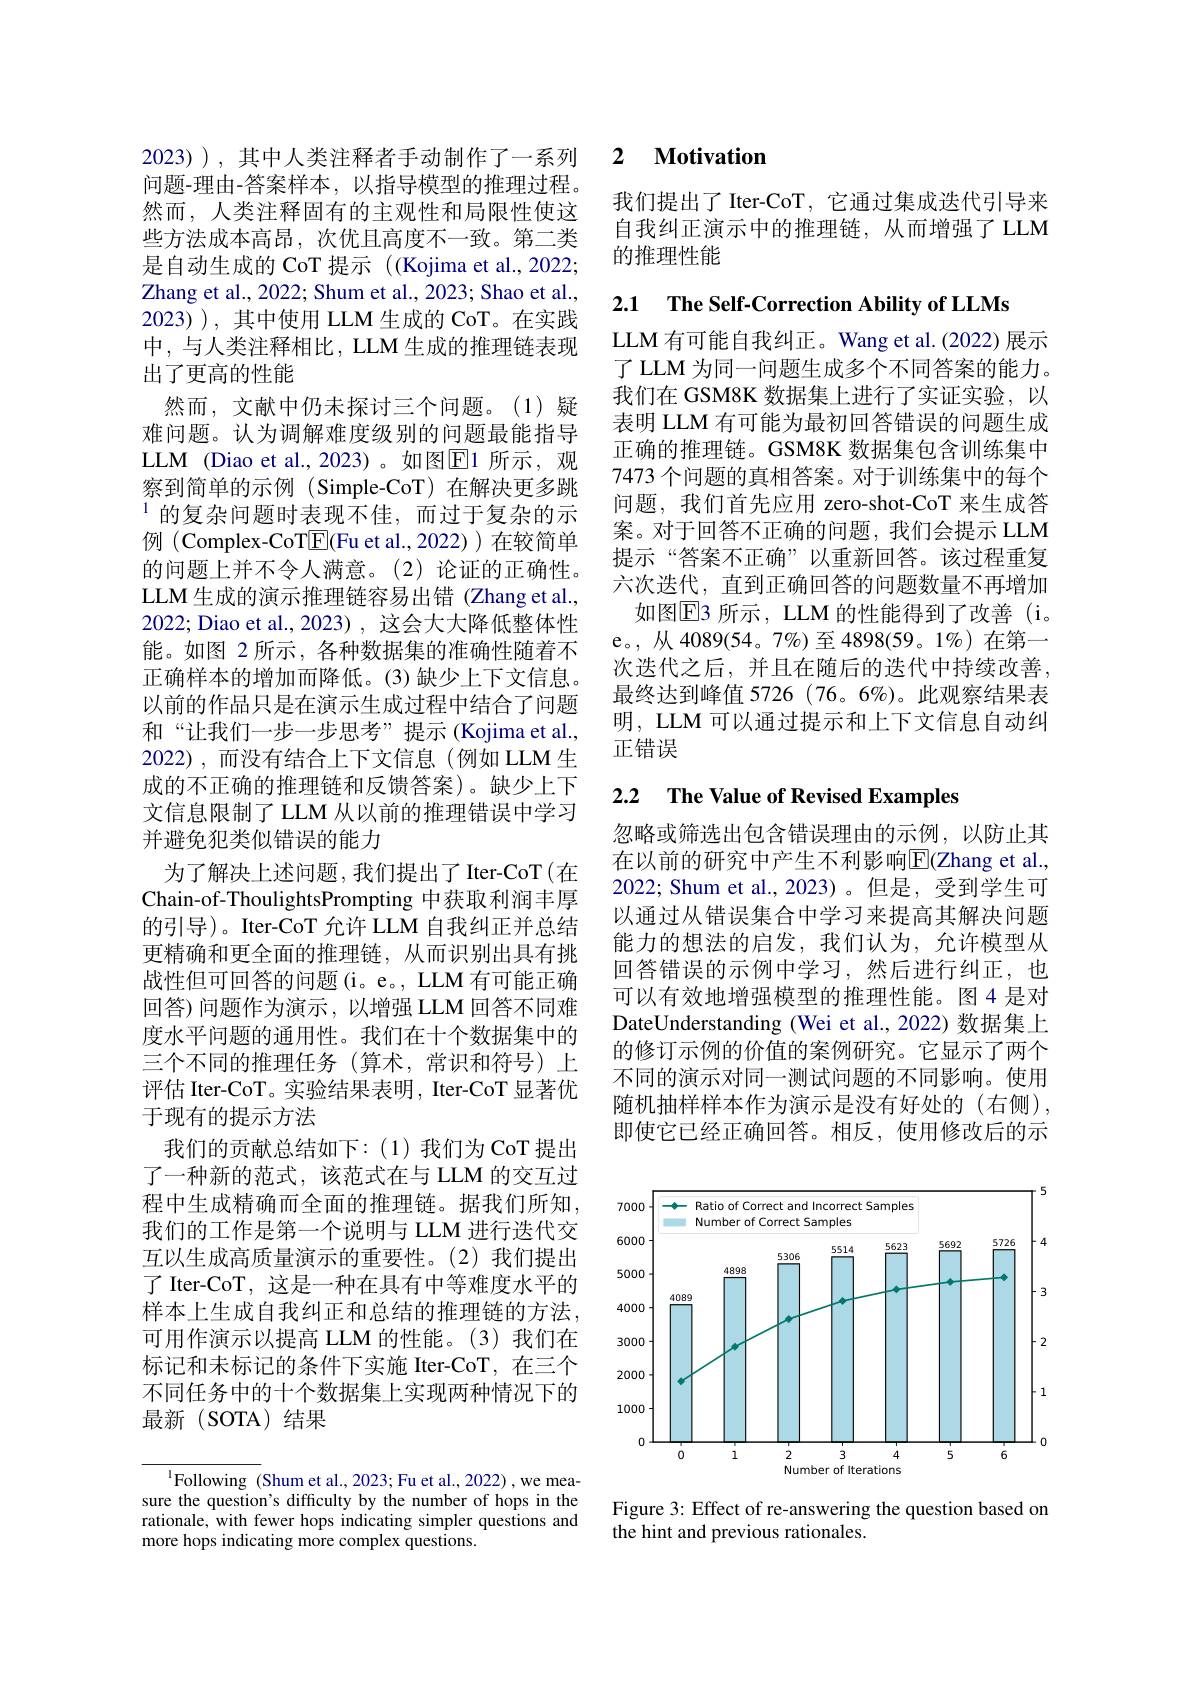
问题-理由-答案样本，以指导模型的推理过程。然而，人类注释固有的主观性和局限性使这些方法成本高昂，次优且高度不一致。第二类是自动生成的 CoT 提示 ((Kojima et al., 2022; Zhang et al. , 2022; Shum et al. , 2023; Shao et al. , 2023) ), 其中使用 LLM 生成的 CoT。在实践中，与人类注释相比，LLM 生成的推理链表现出了更高的性能
然而，文献中仍未探讨三个问题。(1)疑难问题。认为调解难度级别的问题最能指导LLM (Diao et al.,2023)。如图$\boxed{\mathrm{F}}1$ 所示，观察到简单的示例(Simple-CoT)在解决更多跳$^{1}$的复杂问题时表现不佳，而过于复杂的示例 (Complex-CoT$\boxed{\mathrm{F}}($Fu et al.,2022))在较简单的问题上并不令人满意。(2)论证的正确性。LLM 生成的演示推理链容易出错 (Zhang et al., 2022; Diao et al., 2023) , 这会大大降低整体性能。如图 2 所示，各种数据集的准确性随着不正确样本的增加而降低。(3)缺少上下文信息。以前的作品只是在演示生成过程中结合了问题和“让我们一步一步思考”提示(Kojima et al., 2022),而没有结合上下文信息(例如 LLM 生成的不正确的推理链和反馈答案)。缺少上下文信息限制了 LLM 从以前的推理错误中学习并避免犯类似错误的能力
为了解决上述问题，我们提出了Iter-CoT(在Chain-of-ThoulightsPrompting 中获取利润丰厚的引导)。Iter-CoT 允许 LLM 自我纠正并总结更精确和更全面的推理链，从而识别出具有挑战性但可回答的问题 (i。e。, LLM 有可能正确回答)问题作为演示，以增强 LLM 回答不同难度水平问题的通用性。我们在十个数据集中的三个不同的推理任务(算术，常识和符号)上评估 Iter-CoT。实验结果表明，Iter-CoT 显著优于现有的提示方法
我们的贡献总结如下：(1)我们为 CoT 提出了一种新的范式，该范式在与 LLM 的交互过程中生成精确而全面的推理链。据我们所知， 我们的工作是第一个说明与 LLM 进行迭代交互以生成高质量演示的重要性。(2)我们提出了 Iter-CoT, 这是一种在具有中等难度水平的样本上生成自我纠正和总结的推理链的方法， 可用作演示以提高 LLM 的性能。(3)我们在标记和未标记的条件下实施 Iter-CoT,在三个不同任务中的十个数据集上实现两种情况下的最新(SOTA)结果

${\overline{{^{1}}}\text{Following (Shum et al., 2023; Fu et al., 2022),we mea-}}{\mathrm{sure~the~question's~difficulty~by~the~number~of~hops~in~the}}$ rationale, with fewer hops indicating simpler questions and more hops indicating more complex questions.

## 2023)),其中人类注释者手动制作了一系列2 $\textbf{Motivation}$

我们提出了 Iter-CoT, 它通过集成迭代引导来自我纠正演示中的推理链，从而增强了LLM 的推理性能

2.1 $\textbf{The Self- Correction Ability of LLMs}$

LLM 有可能自我纠正。Wang et al.(2022)展示了 LLM 为同一问题生成多个不同答案的能力。我们在 GSM8K 数据集上进行了实证实验，以表明 LLM 有可能为最初回答错误的问题生成正确的推理链。GSM8K 数据集包含训练集中7473 个问题的真相答案。对于训练集中的每个问题，我们首先应用 zero-shot-CoT 来生成答案。对于回答不正确的问题，我们会提示 LLM 提示“答案不正确”以重新回答。该过程重复六次迭代，直到正确回答的问题数量不再增加
如图E3 所示，LLM 的性能得到了改善 (i。e。,从4089(54。7%)至4898(59。1%)在第一次迭代之后，并且在随后的迭代中持续改善， 最终达到峰值 5726 (76。6%)。此观察结果表明，LLM 可以通过提示和上下文信息自动纠正错误

### 2.2 $\textbf{The Value of Revised Examples}$

忽略或筛选出包含错误理由的示例，以防止其在以前的研究中产生不利影响$\overline{\mathrm{E}}$(Zhang et al., 2022; Shum et al.,2023)。但是，受到学生可以通过从错误集合中学习来提高其解决问题能力的想法的启发，我们认为，允许模型从回答错误的示例中学习，然后进行纠正，也可以有效地增强模型的推理性能。图4 是对DateUnderstanding (Wei et al., 2022) 数据集上的修订示例的价值的案例研究。它显示了两个不同的演示对同一测试问题的不同影响。使用随机抽样样本作为演示是没有好处的(右侧), 即使它已经正确回答。相反，使用修改后的示

<FigureHere>

Figure 3: Effect of re-answering the question based on
the hint and previous rationales.